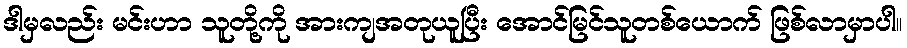
ဒါမှလည်း မင်းဟာ သူတို့ကို အားကျအတုယူပြီး အောင်မြင်သူတစ်ယောက် ဖြစ်လာမှာပါ။